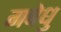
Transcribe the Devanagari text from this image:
गवेधु